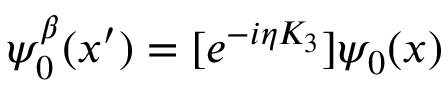
\psi _ { 0 } ^ { \beta } ( x ^ { \prime } ) = [ e ^ { - i \eta K _ { 3 } } ] \psi _ { 0 } ( x )